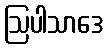
ဩပါသာဒေ